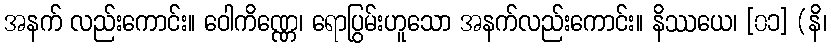
အနက် လည်းကောင်း။ ဝေါကိဏ္ဏေ၊ ရောပြွမ်းဟူသော အနက်လည်းကောင်း။ နိဿယေ၊ [၀၁] (နိ၊